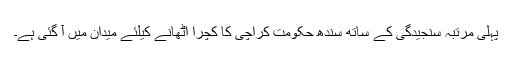
پہلی مرتبہ سنجیدگی کے ساتھ سندھ حکومت کراچی کا کچرا اٹھانے کیلئے میدان میں آ گئی ہے۔